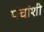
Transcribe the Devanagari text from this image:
पंचांशी